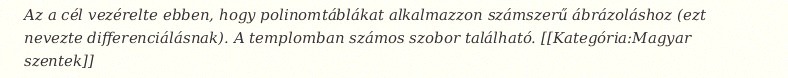
Az a cél vezérelte ebben, hogy polinomtáblákat alkalmazzon számszerű ábrázoláshoz (ezt nevezte differenciálásnak). A templomban számos szobor található. [[Kategória:Magyar szentek]]